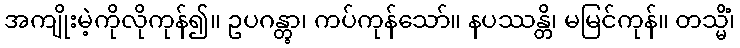
အကျိုးမဲ့ကိုလိုကုန်၍။ ဥပဂန္တွာ၊ ကပ်ကုန်သော်။ နပဿန္တိ၊ မမြင်ကုန်။ တသ္မိံ၊